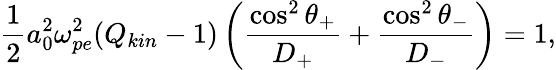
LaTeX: \frac{1}{2}a_{0}^{2}\omega_{pe}^{2}(Q_{kin}-1)\left(\frac{\cos^{2}\theta_{+}}{D_{+}}+\frac{\cos^{2}\theta_{-}}{D_{-}}\right)=1,